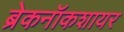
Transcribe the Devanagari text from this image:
ब्रेकनॉकशायर